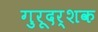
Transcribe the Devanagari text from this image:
गुरूदर्शक